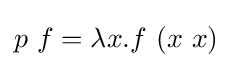
p\ f=\lambda x.f\ (x\ x)